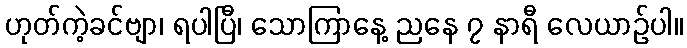
ဟုတ်ကဲ့ခင်ဗျာ၊ ရပါပြီ၊ သောကြာနေ့ ညနေ ၇ နာရီ လေယာဉ်ပါ။